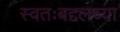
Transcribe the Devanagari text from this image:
स्वतःबद्दलच्या